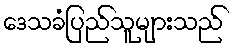
ဒေသခံပြည်သူများသည်